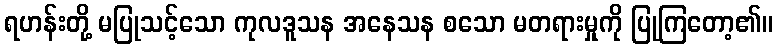
ရဟန်းတို့ မပြုသင့်သော ကုလဒူသန အနေသန စသော မတရားမှုကို ပြုကြတော့၏။